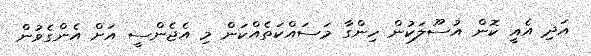
އަދި އެއީ ކޮން އުސޫލަކުން ހިންގާ މަސައްކަތެއްކަން މި އެޖެންސީ އަށް އެންގެވުން